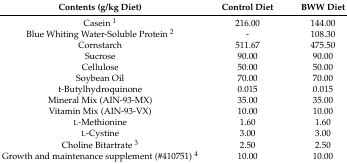
<table><thead><tr><td><b>Contents (g/kg Diet)</b></td><td><b>Control Diet</b></td><td><b>BWW Diet</b></td></tr></thead><tbody><tr><td>Casein <sup>1</sup></td><td>216.00</td><td>144.00</td></tr><tr><td>Blue Whiting Water-Soluble Protein <sup>2</sup></td><td>-</td><td>108.30</td></tr><tr><td>Cornstarch</td><td>511.67</td><td>475.50</td></tr><tr><td>Sucrose</td><td>90.00</td><td>90.00</td></tr><tr><td>Cellulose</td><td>50.00</td><td>50.00</td></tr><tr><td>Soybean Oil</td><td>70.00</td><td>70.00</td></tr><tr><td>t-Butylhydroquinone</td><td>0.015</td><td>0.015</td></tr><tr><td>Mineral Mix (AIN-93-MX)</td><td>35.00</td><td>35.00</td></tr><tr><td>Vitamin Mix (AIN-93-VX)</td><td>10.00</td><td>10.00</td></tr><tr><td>l-Methionine</td><td>1.60</td><td>1.60</td></tr><tr><td>l-Cystine</td><td>3.00</td><td>3.00</td></tr><tr><td>Choline Bitartrate <sup>3</sup></td><td>2.50</td><td>2.50</td></tr><tr><td>Growth and maintenance supplement (#410751) <sup>4</sup></td><td>10.00</td><td>10.00</td></tr></tbody></table>